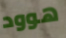
هوود